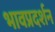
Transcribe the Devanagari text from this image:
भावप्रदर्शन